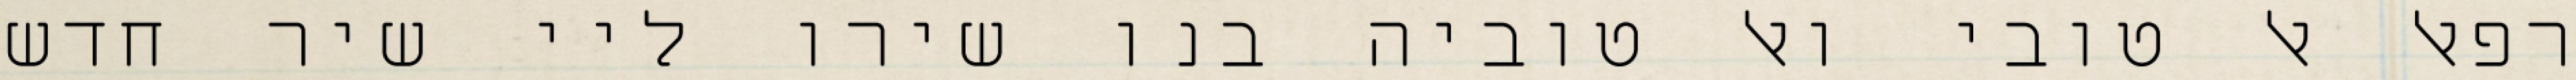
רפאל אל טובי ואל טוביה בנו שירו ליי שיר חדש